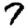
Digit: 7